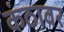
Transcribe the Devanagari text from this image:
कंठावर